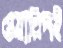
ওয়ারিদই